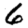
Digit: 6